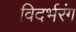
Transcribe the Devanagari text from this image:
विदर्भरंग